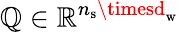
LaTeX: \mathbb{Q}\in\mathbb{{R}}^{n_{\mathrm{{s}}}\timesd_{\mathrm{{w}}}}